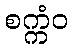
စက္ကံဝ